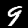
Label: 9